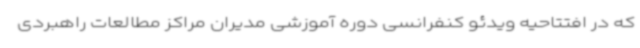
که در افتتاحیه ویدئو کنفرانسی دوره آموزشی مدیران مراکز مطالعات راهبردی